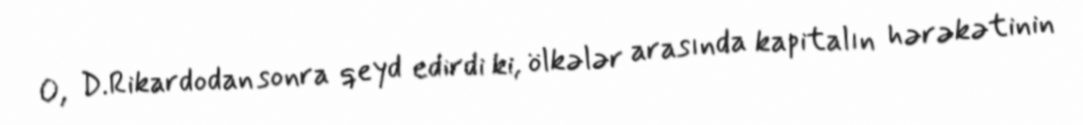
O, D.Rikardodan sonra qeyd edirdi ki, ölkələr arasında kapitalın hərəkətinin